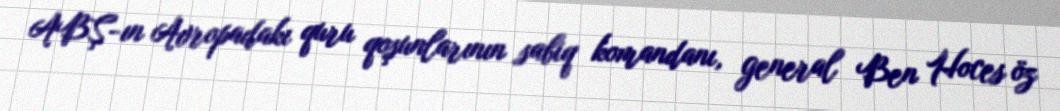
ABŞ-ın Avropadakı quru qoşunlarının sabiq komandanı, general Ben Hoces öz